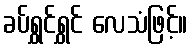
ခပ်ရွှင်ရွှင် လေသံဖြင့်။